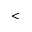
<